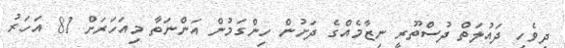
ދިވެހި ދައުލަތް ދުސްތޫރީ ނިޒާމެއްގެ ދަށުން ހިންގަމުން އަންނަތާ މިއަހަރަށް 81 އަހަރު